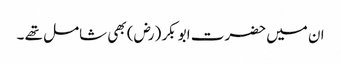
ان میں حضرت ابو بکر (رض) بھی شامل تھے ۔